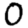
Digit: 0